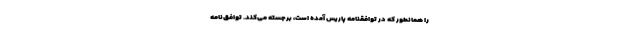
را همانطور که در توافقنامه پاریس آمده است، برجسته می‌کند. توافق‌نامه